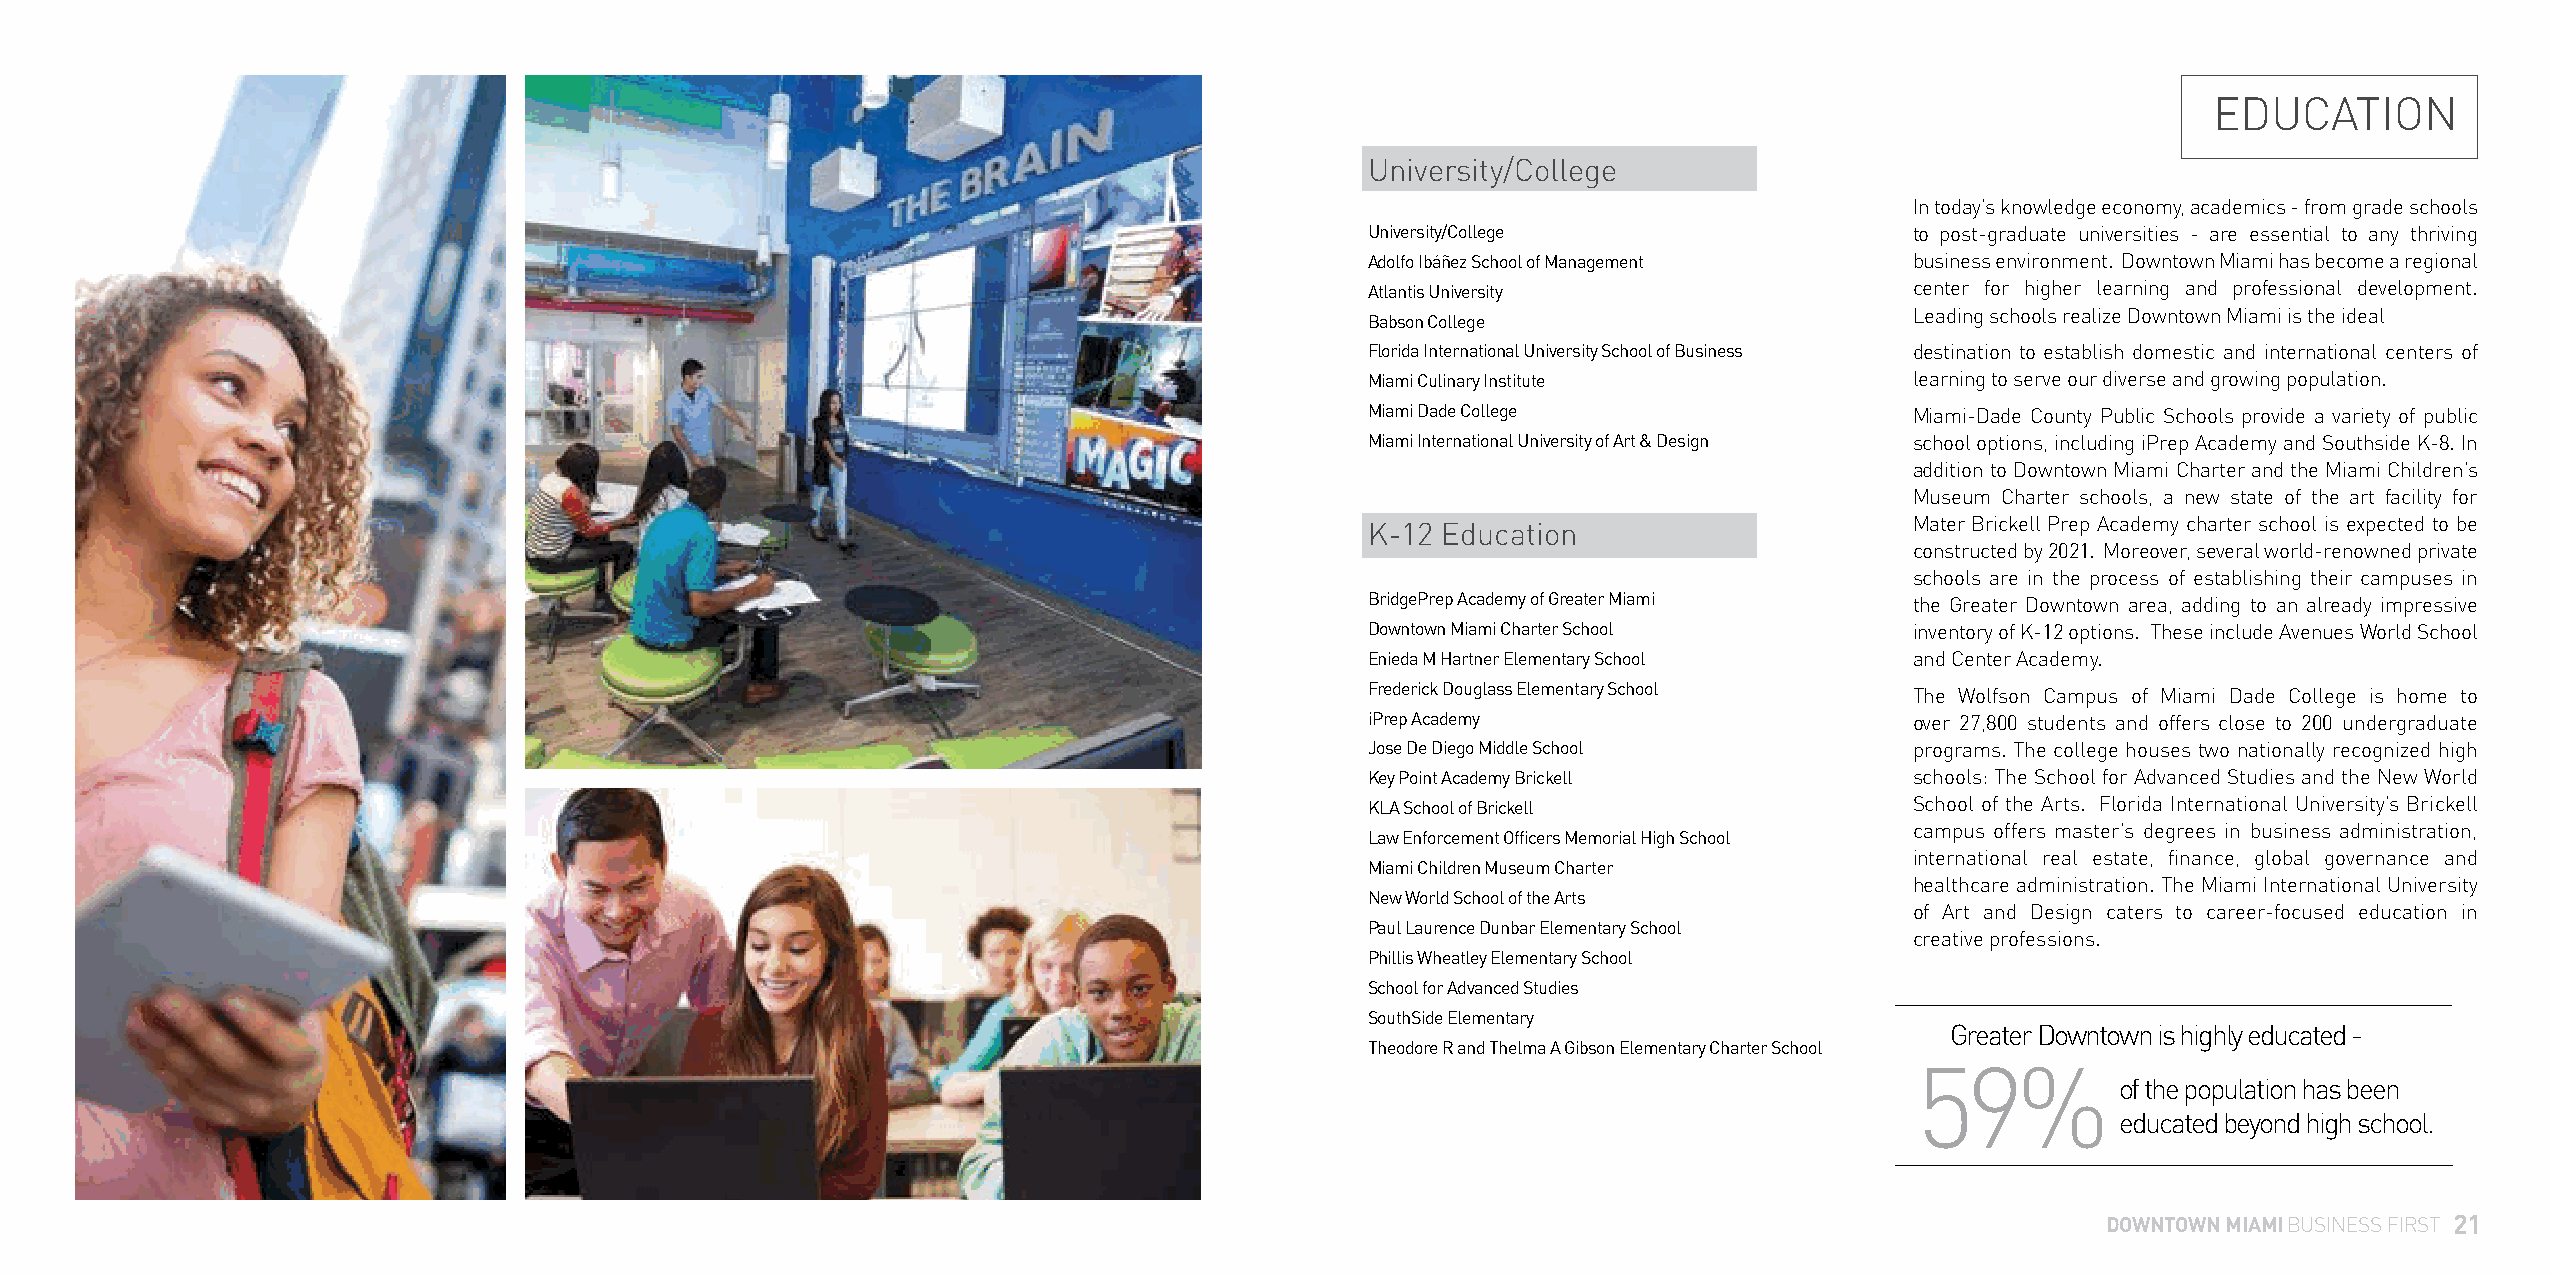
EDUCATION
 University/College
 In today’s knowledge economy, academics - from grade schools
 University/College                  to post-graduate universities - are essential to any thriving
 Adolfo Ibáñez School of Management  business environment. Downtown Miami has become a regional
 Atlantis University                 center for higher learning and professional development.
 Leading schools realize Downtown Miami is the ideal
 Babson College
 Florida International University School of Business destination to establish domestic and international centers of
 Miami Culinary Institute            learning to serve our diverse and growing population.
 Miami Dade College                  Miami-Dade County Public Schools provide a variety of public
 Miami International University of Art & Design school options, including iPrep Academy and Southside K-8. In
 addition to Downtown Miami Charter and the Miami Children’s
 Museum Charter schools, a new state of the art facility for
 K-12 Education                      Mater Brickell Prep Academy charter school is expected to be
 constructed by 2021. Moreover, several world-renowned private
 schools are in the process of establishing their campuses in
 BridgePrep Academy of Greater Miami the Greater Downtown area, adding to an already impressive
 Downtown Miami Charter School       inventory of K-12 options. These include Avenues World School
 Enieda M Hartner Elementary School  and Center Academy.
 Frederick Douglass Elementary School The Wolfson Campus of Miami Dade College is home to
 iPrep Academy                       over 27,800 students and offers close to 200 undergraduate
 Jose De Diego Middle School         programs. The college houses two nationally recognized high
 Key Point Academy Brickell          schools: The School for Advanced Studies and the New World
 KLA School of Brickell              School of the Arts. Florida International University’s Brickell
 campus offers master’s degrees in business administration,
 Law Enforcement Officers Memorial High School
 international real estate, finance, global governance and
 Miami Children Museum Charter
 healthcare administration. The Miami International University
 New World School of the Arts
 of Art and Design caters to career-focused education in
 Paul Laurence Dunbar Elementary School
 creative professions.
 Phillis Wheatley Elementary School
 School for Advanced Studies
 SouthSide Elementary
 Greater Downtown is highly educated -
 Theodore R and Thelma A Gibson Elementary Charter School
 59%
 of the population has been
 educated beyond high school.
 DOWNTOWN MIAMI BUSINESS FIRST 21